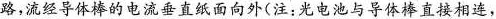
路，流经导体棒的电流垂直纸面向外(注：光电池与导体棒直接相连，